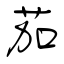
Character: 茄